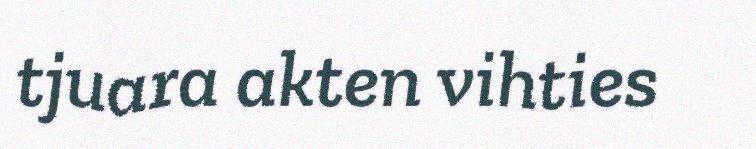
tjuara akten vihties